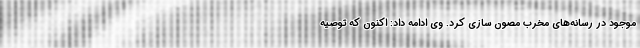
موجود در رسانه‌های مخرب مصون سازی کرد. وی ادامه داد: اکنون که توصیه